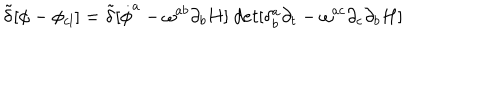
{ \tilde { \delta } } [ \phi - \phi _ { c l } ] = { \tilde { \delta } } [ { \dot { \phi } ^ { a } - \omega ^ { a b } \partial _ { b } H ] ~ d e t [ \delta _ { b } ^ { a } \partial _ { t } - \omega ^ { a c } \partial _ { c } \partial _ { b } H } ]